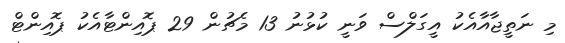
މި ނަތީޖާއާއެކު އީގަލްސް ވަނީ ކުޅުނު 13 މެޗުން 29 ޕޮއިންޓާއެކު ޕޮއިންޓް